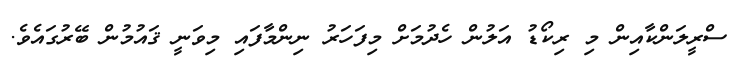
ސްރީލަންކާއިން މި ރިކޯޑު އަލުން ހެދުމަށް މިފަހަރު ނިންމާފައި މިވަނީ ޤައުމުން ބޭރުގައެވެ.